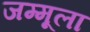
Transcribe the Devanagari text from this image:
जम्मूला